Relation of titanus [i.e. tetanus] to the hypodermic or intramuscular injection of quinine - Number 43
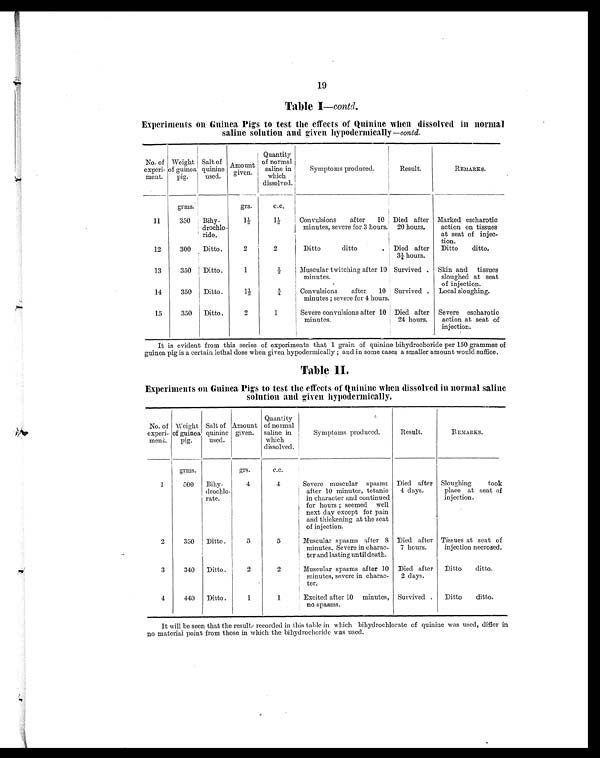
19
Table I—contd.
Experiments on Guinea Pigs to test the effects of Quinine when dissolved in normal
saline solution and given hypodermically— contd.
No. of
experi
ment.
Weight
of guinea
pig.
Salt of
quinine
used.
Amount
given.
Quantity
of normal
saline in
which
dissolved.
Symptoms produced.
Result.
REMARKS.
grms.
grs.
c.c.
11
350 Bihy
drochlo
ride.
1½
1 ½
Convulsions after 10
minutes, severe for 3 hours.
Died after
20 hours.
Marked escharotic
action on tissues
at seat of injec
tion.
12
300 Ditto.
2
2
Ditto
ditto
Died after
3¼ hours.
Ditto ditto.
13
350 Ditto.
1
½ Muscular twitching after 10
minutes.
Survived Skin and tissues
sloughed at seat
of injection.
14
350 Ditto.
1½
¾ Convulsions after 10
minutes; severe for 4 hours.
Survived . Local sloughing.
15
350 Ditto.
2
1
Severe convulsions after 10
minutes.
Died after
24 hours.
Severe escharotic
action at seat of
injection.
It is evident from this series of experiments that 1 grain of quinine bihydrochoride per 150 grammes of
guinea pig is a certain lethal dose when given hypodermically; and in some cases a smaller amount would suffice.
Table II.
Experiments on Guinea Pigs to test the effects of Quinine when dissolved in normal saline
solution and given hypodermically.
No. of
experi
ment.
Weight
of guinea
pig.
Salt of
quinine
used.
Amount
given.
Quantity
of normal
saline in
which
dissolved.
Symptoms produced.
Result.
REMARKS.
grms.
grs.
c.c.
1
500 Bihy
drochlo
rate.
4
4
Severe muscular spasms
after 10 minutes, tetanic
in character and continued
for hours; seemed well
next day except for pain
and thickening at the seat
of injection.
Died after
4 days.
Sloughing took
place at seat of
injection.
2
350 Ditto.
5
5
Muscular spasms after
8 minutes. Severe in charac
ter and lasting until death.
Died after
7 hours.
Tissues at seat of
injection necrosed.
3
340 Ditto.
2
2
Muscular spasms after 10
minutes, severe in charac
ter.
Died after
2 days.
Ditto ditto.
4
440 Ditto .
1
1
Excited after 10 minutes,
no spasms.
Survived . Ditto ditto.
It will be seen that the results recorded in this table in which bihydrochlorate of quinine was used, differ in
no material point from those in which the bihydrochoride was used.